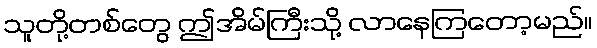
သူတို့တစ်တွေ ဤအိမ်ကြီးသို့ လာနေကြတော့မည်။